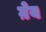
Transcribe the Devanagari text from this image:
ग़ेय